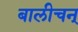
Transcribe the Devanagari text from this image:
बालीचन्